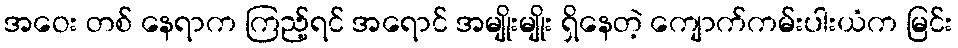
အဝေး တစ် နေရာက ကြည့်ရင် အရောင် အမျိုးမျိုး ရှိနေတဲ့ ကျောက်ကမ်းပါးယံက မြင်း